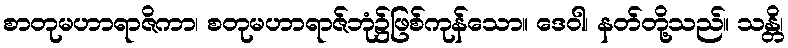
စာတုမဟာရာဇိကာ၊ စတုမဟာရာဇ်ဘုံ၌ဖြစ်ကုန်သော။ ဒေဝါ၊ နတ်တို့သည်။ သန္တိ၊